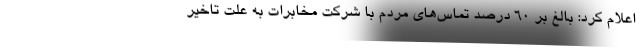
اعلام کرد: بالغ بر ۶۰ درصد تماس‌های مردم با شرکت مخابرات به علت تاخیر